Report on sanitation, dispensaries, and jails in Rajputana for 1911, and on vaccination for the year 1911-1912 - 1911-1912
Year: 1911
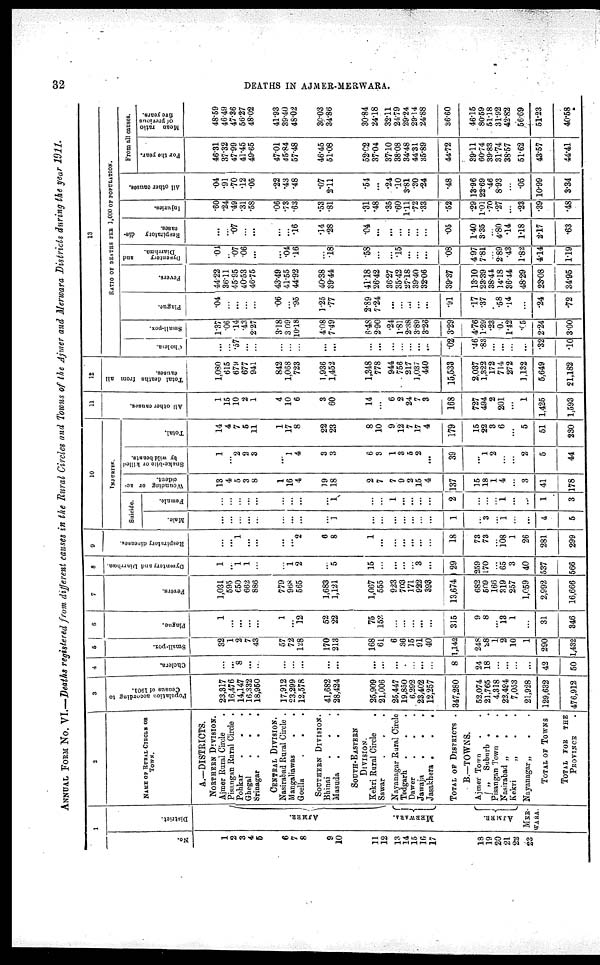
32
DEATHS IN AJMER-MERWARA.
ANNUAL FROM No. VI.—Deaths registered from different causes in the Rural Circles and Towns of the Ajmer and Merwara Districts during the year 1911.
1
No.
1
2
3
4
5
6
7
8
9
10
11
12
13
14
15
16
17
18
19
20
21
22
23
District.
AJMER.
MERWARA.
AJ MER.
MER¬
WARA.
2
NAME OF RURAL CIRCLE OF
TOWN.
A.—DISTRICTS.
NORTHERN DIVISION.
Ajmer Rural Circle .
Pisangan Rural Circle .
Pohkar . . .
Ghegal
.
.
.
Srinagar
.
.
.
CENTRAL DIVISION.
Nasirabad Rural Circle .
Mangaliawas
.
.
Goella . .
SOUTHERN DIVISION.
Bhinai
.
. .
Masuda . . .
SOUTH-EASTERN
DIVISION.
Kekri Rural Circle .
Sawar
.
.
.
Nayanagar Rural Circle
Todgarh . . .
Dawer
.
.
.
Jawaja . . .
Jasakhera .
.
.
TOTAL OF DISTRICTS .
B.—TOWNS.
Ajmer Town . .
„
Suburb . .
Pisangan Town . .
Nasirabad „
. .
Kekri
„
.
.
Nayanagar „ . .
TOTAL OF TOWNS
TOTAL FOR THE
PROVINCE .
3
Population according to
Census of 1901.
23,317
16,476
14,147
16,332
18,950
17,912
23,299
12,578
41,682
28,424
25,909
21,006
25,447
19,850
6,292
23,402
12,257
347,280
52,074
21,765
4,318
22,494
7,053
21,928
129,632
476,912
4
Cholera.
...
...
8
...
...
...
...
...
...
...
...
...
...
.
...
...
...
8
24
18
...
...
...
...
42
50
5
Small-pox.
32
1
2
7
43
57
72
128
170
213
168
61
6
36
15
91
40
1,142
248
28
1
2
10
1
290
1,432
6
Plague.
1
...
...
...
...
1
...
12
52
22
75
152
...
...
...
...
...
315
9
8
...
13
1
...
31
346
7
Fevers.
1,031
595
650
662
886
779
968
565
1,683
1,121
1,067
555
923
703
171
922
393
13,674
682
509
166
319
257
1,059
2,992
16,666
8
Dysentery and Diarrhœa.
1
...
1
1
...
...
1 2
...
5
15
...
...
...
...
3
...
29
259
170
...
65
3
40
537
566
9
Respiratory diseases.
...
...
1
...
...
...
...
2
6
8
1
...
...
...
...
...
...
18
73
73
...
108
1
26
281
299
10
INJURIES.
Suicide.
Male.
...
...
...
...
...
...
...
...
...
1
...
...
...
...
...
...
...
1
...
3
...
1
...
...
4
5
Female.
...
...
...
...
...
...
...
...
...
1
...
...
1
...
...
...
...
2
...
...
...
1
...
...
1
3
Wounding or ac-
cident.
13
4
5
3
8
1
16
4
19
18
2
7
7
9
2
15
4
137
15
18
1
4
...
3
41
178
Snake-bite or killed
by wild beasts.
1
...
2
2
3
...
1
4
3
3
6
3
1
3
5
2
...
39
...
1
2
...
...
2
5
44
Total.
14
4
7
5
11
1
17
8
22
23
8
10
9
12
7
17
4
179
15
22
3
6
...
5
51
230
11
All other causes.
1
15
10
2
1
4
10
6
3
60
14
...
6
2
24
7
3
168
727
494
2
201
...
1
1,425
1,593
12
Total deaths from all
causes.
1,080
615
679
677
941
842
1,068
723
1,936
1,452
1,348
778
944
756
217
1,037
440
15,533
2,037
1,322
172
714
272
1,132
5,649
21,182
13
RATIO OF DEATHS PER 1,000 OF POPULATION.
Cholera.
...
...
.57
...
...
...
...
...
...
...
...
...
...
...
...
...
.02
.46
.83
...
...
...
.32
.10
Small-pox.
1.37
.06
.14
.43
2.27
3.18
3.09
10.18
4.08
7.49
6.48
2.90
.24
1.81
2.38
3.89
3.26
3.29
4.76
1.29
.23
0
1.42
.05
2.24
3.00
Plague.
.04
...
...
...
...
.06
...
.95
1.25
.77
2.89
7.24
...
...
...
...
...
.91
.17
.37
.
.58
.14
...
.24
.72
Fevers.
44.22
36.11
45.95
40.53
46.75
43.49
41.55
44.92
40.38
39.44
41.18
26.42
36.27
35.42
27.18
39.40
32.06
39.37
13.10
23.39
38.44
14.18
36.44
48.29
23.08
34.95
Dysentery
and
Diarrhœa.
.04
..
.07
.06
...
...
.04
.16
...
.18
.58
...
...
.15
...
...
...
.08
4.97
7.81
...
2.89
.43
1.82
4.14
1.19
Respiratory dis-
eases.
...
...
.07
...
...
...
...
.16
.14
.28
.04
...
...
...
...
...
...
.05
1.40
3.35
...
4.80
.14
1.18
2.17
.63
Injuries.
.60
.24
.49
.31
.58
.06
.73
.63
.53
.81
.31
.48
.35
.60
1.11
.72
.33
.52
.29
1.01
.70
.27
...
.23
.39
.48
All other causes.
.04
.91
.70
.12
.05
.22
.43
.48
.07
2.11
.54
...
.24
.10
3.81
.30
.24
.48
13.96
22.69
.46
8.93
...
.05
10.99
3.34
From all causes.
For the year.
46.31
37.32
47.99
41.45
49.65
47.01
45.84
57.48
46.45
51.08
52.02
37.04
37.10
38.08
34.48
44.31
35.89
44.72
39.11
60.74
39.83
31.74
38.57
51.62
43.57
44.41
Mean ratio
of previous
five years.
48.59
46.49
47.36
56.27
48.02
41.93
39.40
48.02
30.03
34.86
30.84
24.18
32.11
24.79
29.24
29.14
24.88
36.60
46.15
80.59
51.18
31.92
42.82
56.69
51.23
40.58